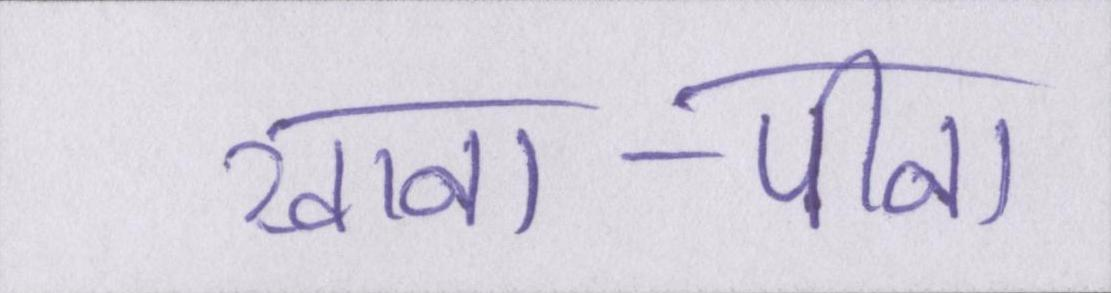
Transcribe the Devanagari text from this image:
खाना-पीना